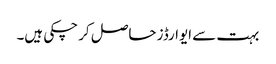
بہت سے ایوارڈز حاصل کر چکی ہیں۔